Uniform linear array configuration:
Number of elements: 24
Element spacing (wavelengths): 1
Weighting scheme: uniform
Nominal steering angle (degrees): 15
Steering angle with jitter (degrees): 16.727
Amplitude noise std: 0.05
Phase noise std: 0.05

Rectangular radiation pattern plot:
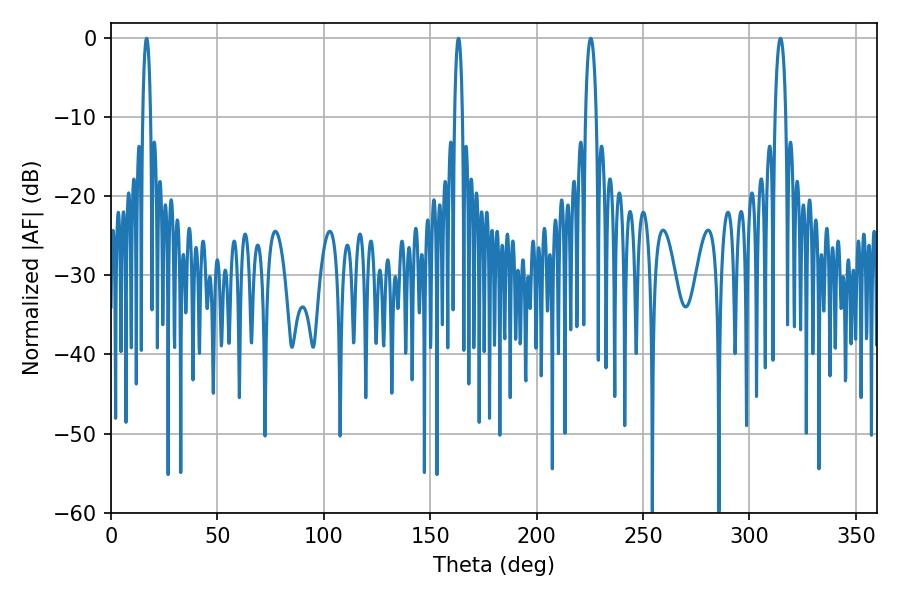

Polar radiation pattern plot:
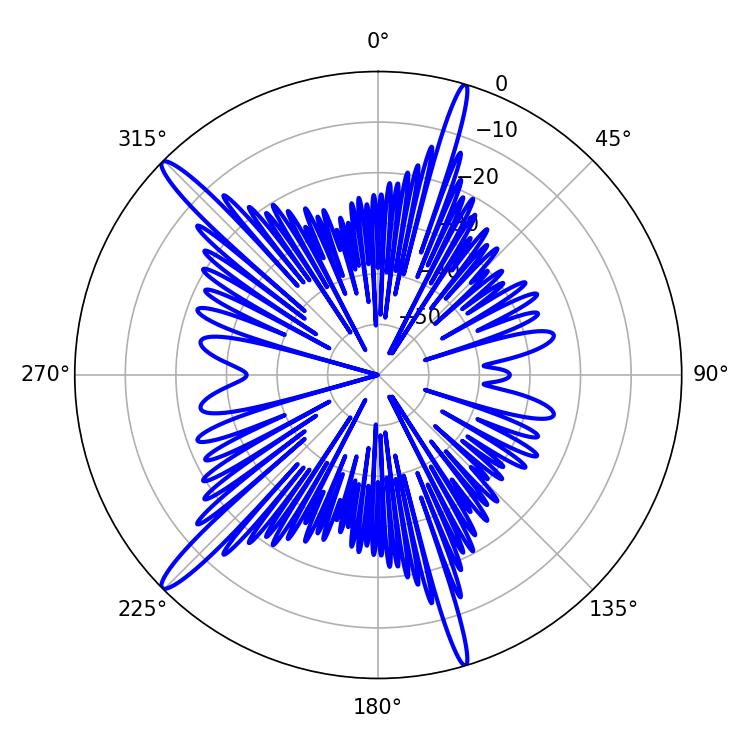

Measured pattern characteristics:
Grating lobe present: TRUE
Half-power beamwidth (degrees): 2.16
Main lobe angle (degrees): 16.74